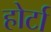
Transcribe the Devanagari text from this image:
होर्टा